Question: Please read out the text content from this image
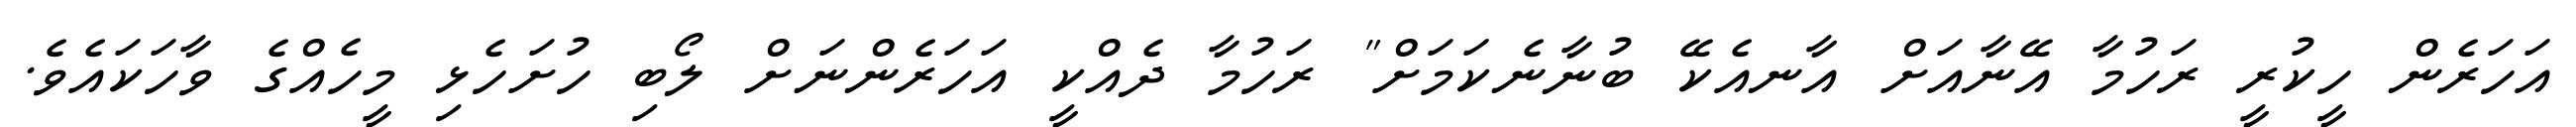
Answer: އަހަރެން ހީކުރީ ރަހުމާ އޭނާއަށް އާނއެކޭ ބުނާނެކަމަށް" ރަހުމާ ދެއްކީ އަހަރެންނަށް ލޯބި ހުށަހެޅި މީހެއްގެ ވާހަކައެވެ.